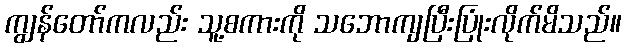
ကျွန်တော်ကလည်း သူ့စကားကို သဘောကျပြီးပြုံးလိုက်မိသည်။